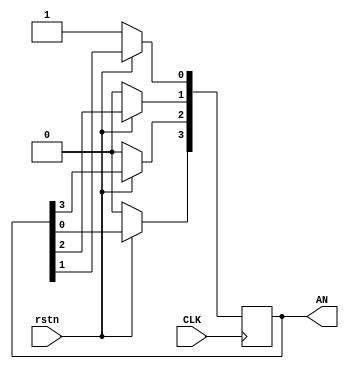
`timescale 1ns / 1ps
//////////////////////////////////////////////////////////////////////////////////
// Company: 
// Engineer: 
// 
// Design Name: 
// Module Name: ring_counter
// Project Name: 
// Target Devices: 
// Tool Versions: 
// Description: 
// 
// Dependencies: 
// 
// Revision:
// Revision 0.01 - File Created
// Additional Comments:
// 
//////////////////////////////////////////////////////////////////////////////////


module ring_counter(
    input CLK,
    input rstn,
    output reg[3:0] AN
    );
    always @(posedge CLK) begin
    if(!rstn)
        AN<=1;
     else begin 
        AN[3] <= AN[0];
        AN[2] <= AN[3];
        AN[1] <= AN[2];
        AN[0] <= AN[1];
    end
    end
endmodule